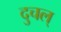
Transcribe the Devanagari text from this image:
दुचल्